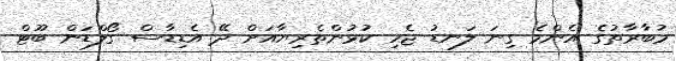
މުބާރާތުގެ އެންމެ ގިނަ ލަނޑު ޖެހި ކުޅުންތެރިޔާއަށް ދޭ އެޑިޑާސް ގޯލްޑަން ބޫޓް